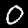
Digit: 0